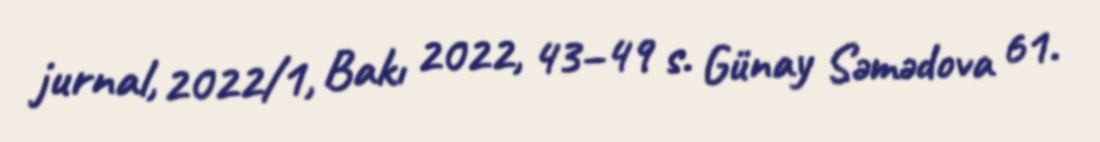
jurnal, 2022/1, Bakı 2022, 43–49 s. Günay Səmədova 61.